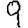
Digit: 9